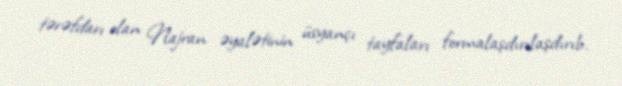
tərəfdarı olan Najran əyalətinin üsyançı tayfaları formalaşdırılaşdırıb.